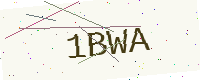
Text: 1BWA